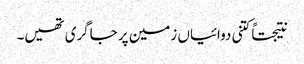
نتیجتاً کتنی دوائیاں زمین پر جاگری تھیں۔